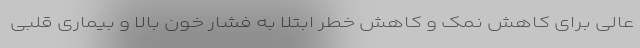
عالی برای کاهش نمک و کاهش خطر ابتلا به فشار خون بالا و بیماری قلبی